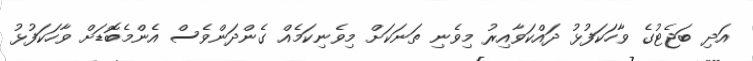
އަދި ބަޖެޓުގެ ވާހަކަފުޅު ދައްކަވާއިރު މިވެނި ތަނަކަށް މިވެނިކަމެއް ގެންދަންވެސް އެންމެބޮޑަށް ވާހަކަފުޅު